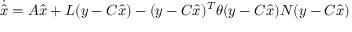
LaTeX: { \dot { \hat { x } } } = A { \hat { x } } + L ( y - C { \hat { x } } ) - ( y - C { \hat { x } } ) ^ { T } \theta ( y - C { \hat { x } } ) N ( y - C { \hat { x } } )